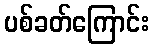
ပစ်ခတ်ကြောင်း